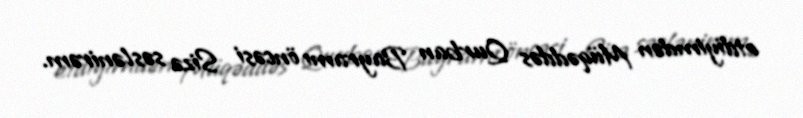
etdiyimdən Müqəddəs Qurban Bayramı öncəsi Sizə səslənirəm.